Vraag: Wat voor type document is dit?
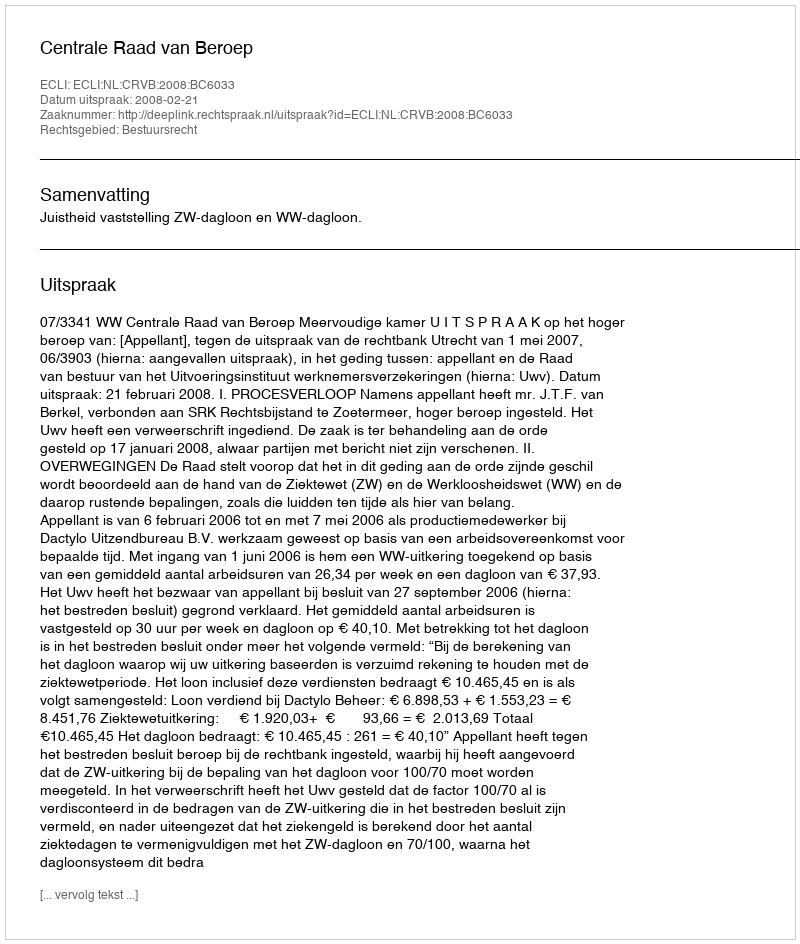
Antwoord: Uitspraak